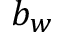
b _ { w }